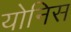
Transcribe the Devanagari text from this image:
योनिस